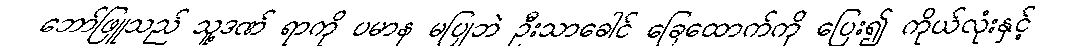
ဘော်ဖြူသည် သူ့ဒဏ် ရာကို ပမာန မပြုဘဲ ဦးသာခေါင် ခြေထောက်ကို ပြေး၍ ကိုယ်လုံးနှင့်